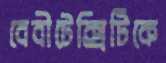
বেবীটেক্সিটিকে